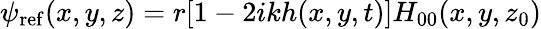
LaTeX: \begin{array}{r}{\psi_{\mathrm{ref}}(x,y,z)=r[1-2ikh(x,y,t)]H_{00}(x,y,z_{0})}\end{array}